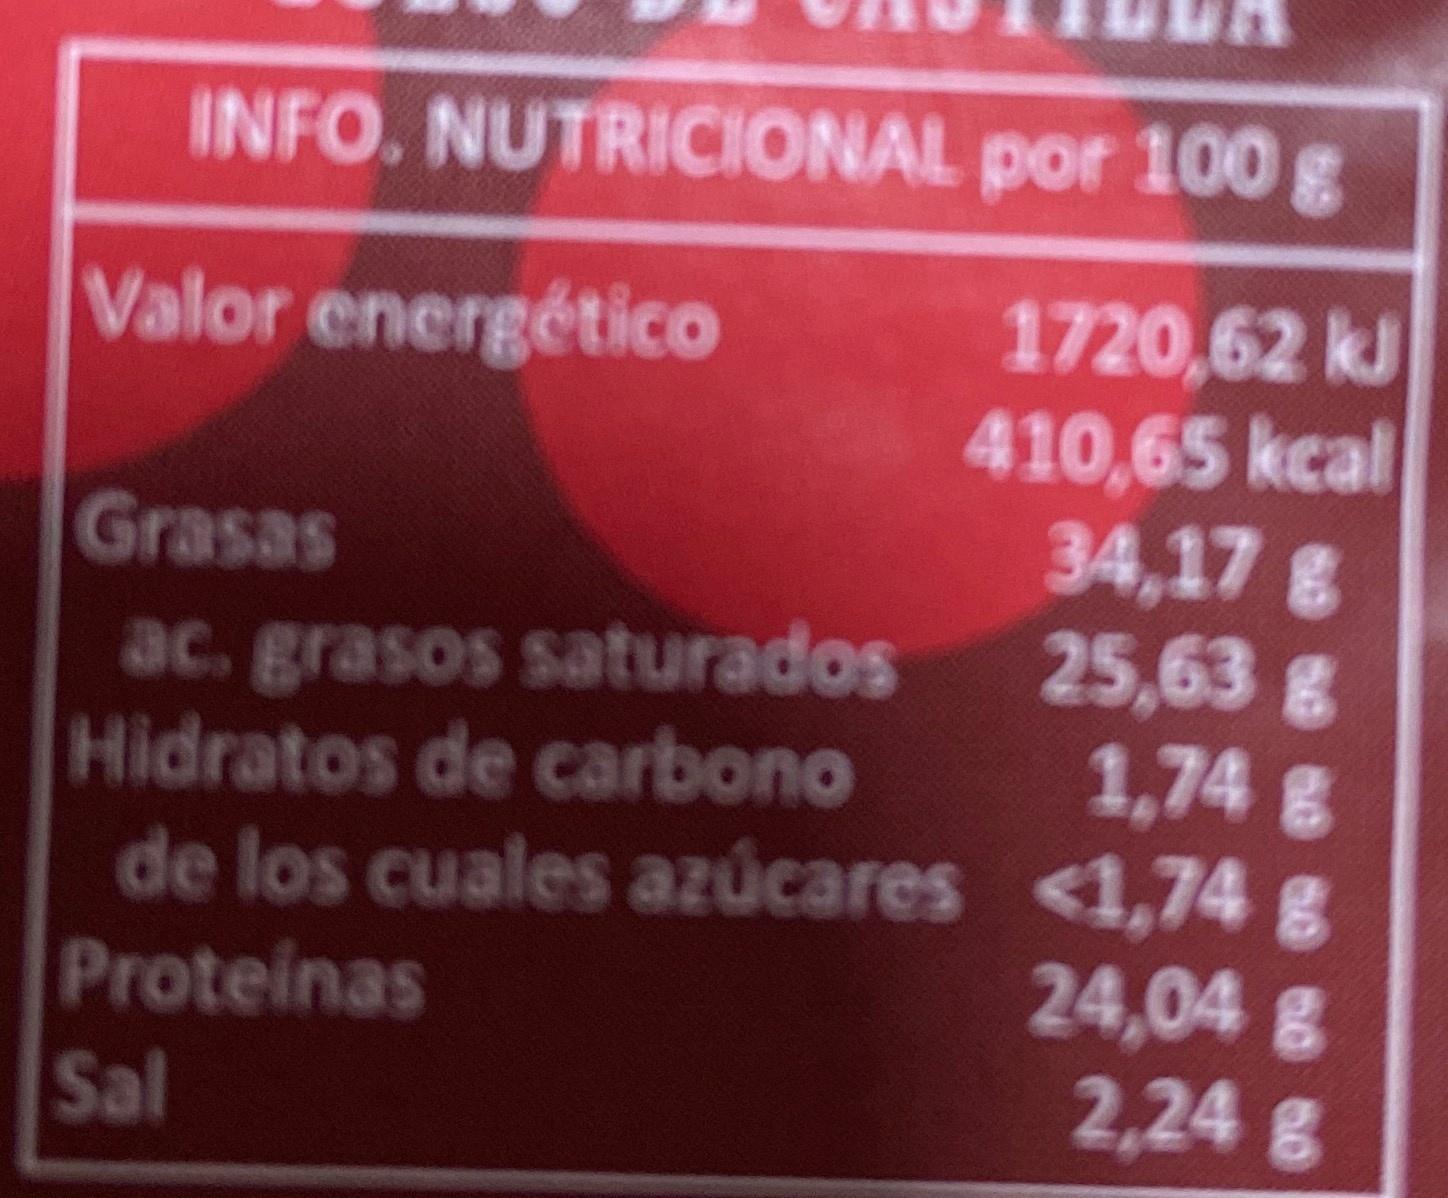
INFO. NUTRICIONAL por 100 g 1720,62 kJ 410,65 kcal 34,17g 25,63g 1,74 g Valor energético Grasas ac. grasos saturados Hidratos de carbono de los cuales azúcares <1,74 g 24,04 g 2,24g Proteinas Sal